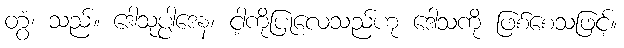
တွံ၊ သည်။ ဒေါသုပ္ပါဒေန၊ ငါ့ကိုပြုလေသည်ဟု ဒေါသကို ဖြစ်စေသဖြင့်။